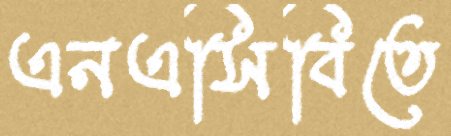
এনএসিবিতে